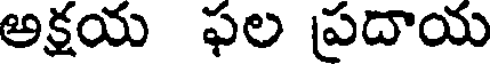
అక్షయ ఫల ప్రదాయ